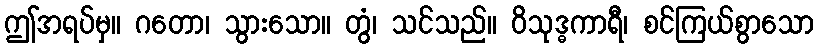
ဤအရပ်မှ။ ဂတော၊ သွားသော။ တွံ၊ သင်သည်။ ဝိသုဒ္ဓကာရီ၊ စင်ကြယ်စွာသော